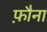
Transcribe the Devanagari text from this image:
फ़ौना